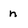
Character: n